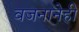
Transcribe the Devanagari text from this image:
वजनानेही